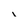
Character: 1